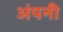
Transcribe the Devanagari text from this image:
अंपनी